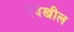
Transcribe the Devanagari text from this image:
पैदेखील